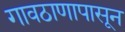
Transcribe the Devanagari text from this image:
गावठाणापासून